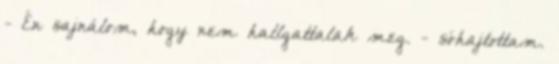
- Én sajnálom, hogy nem hallgattalak meg. - sóhajtottam.